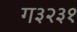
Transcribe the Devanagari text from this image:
ग३२३१